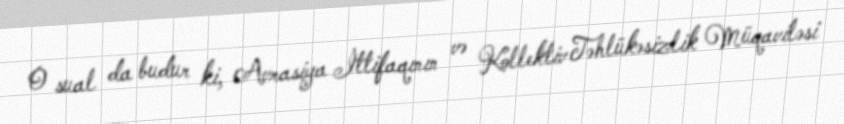
O sual da budur ki, Avrasiya İttifaqının və Kollektiv Təhlükəsizlik Müqaviləsi